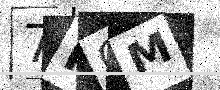
Text: 7FOM